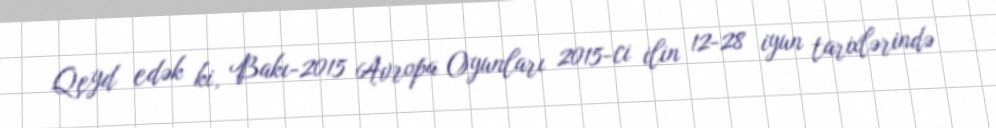
Qeyd edək ki, Bakı-2015 Avropa Oyunları 2015-ci ilin 12-28 iyun tarixlərində